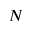
N